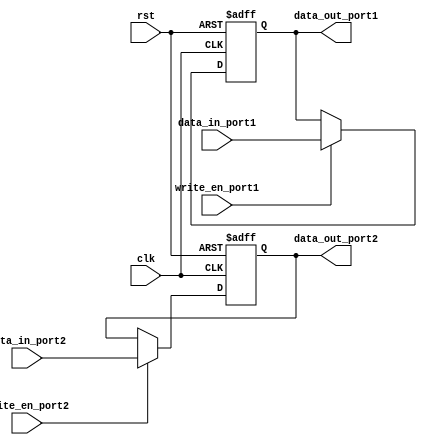
module dual_port_register(
    input clk,
    input rst,
    input [7:0] data_in_port1,
    input [7:0] data_in_port2,
    input write_en_port1,
    input write_en_port2,
    output reg [7:0] data_out_port1,
    output reg [7:0] data_out_port2
);

reg [7:0] reg_data_port1;
reg [7:0] reg_data_port2;

always @(posedge clk or posedge rst) begin
    if (rst) begin
        reg_data_port1 <= 8'd0;
        reg_data_port2 <= 8'd0;
    end else begin
        if (write_en_port1) begin
            reg_data_port1 <= data_in_port1;
        end
        if (write_en_port2) begin
            reg_data_port2 <= data_in_port2;
        end
    end
end

assign data_out_port1 = reg_data_port1;
assign data_out_port2 = reg_data_port2;

endmodule